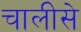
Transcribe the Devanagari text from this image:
चालीसे